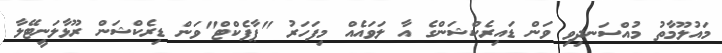
މައުލޫމާތު މުއްސަނދިވި ވަން ޑައިރެކްޝަންގެ އާ ލަވައެއް މިފަހަރު "ޕާފެކްޓް"ވަން ޑިރެކްޝަން ރޫޅާލަނީޓޭލާ